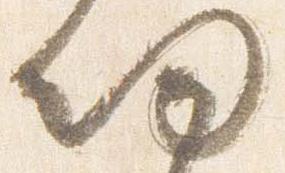
帰